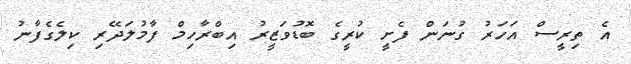
އެ ތިރީސް އަހަރު ގުނަން ފެށީ ކުރީގެ ބޮޑުވަޒީރު އިބްރާހިމް ފާމުލަދޭރި ކިލެގެފާނު